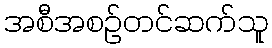
အစီအစဉ်တင်ဆက်သူ